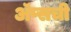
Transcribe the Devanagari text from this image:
ॲप्सची